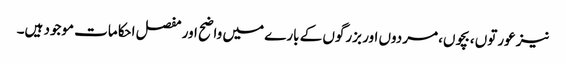
نیز عورتوں ،بچوں، مردوں اور بزرگوں کے بارے میں واضح اور مفصل احکامات موجود ہیں۔